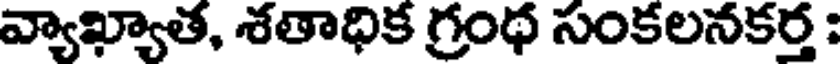
వ్యాఖ్యాత, శతాధిక గ్రంథ సంకలనకర్త :